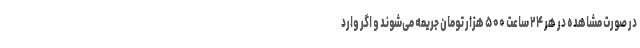
در صورت مشاهده در هر ۲۴ ساعت ۵۰۰ هزار تومان جریمه می‌شوند و اگر وارد